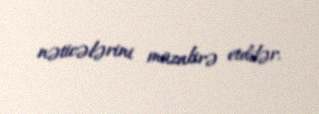
nəticələrini müzakirə etdilər.